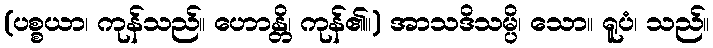
(ပစ္စယာ၊ ကုန်သည်။ ဟောန္တိ၊ ကုန်၏။) အာသဒိသမ္ပိ၊ သော။ ရူပံ၊ သည်။